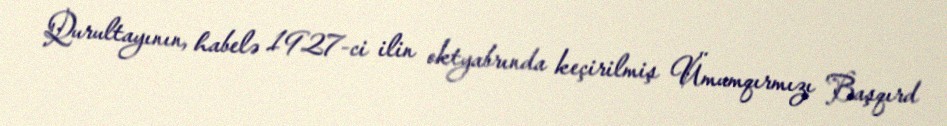
Qurultayının, habelə 1927-ci ilin oktyabrında keçirilmiş Ümumqırmızı Başqırd